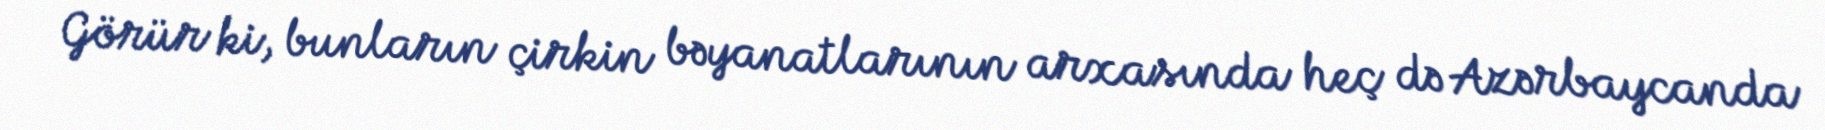
Görür ki, bunların çirkin bəyanatlarının arxasında heç də Azərbaycanda